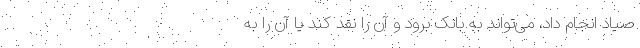
صیاد انجام داد، می‌تواند به بانک برود و آن را نقد کند یا آن را به